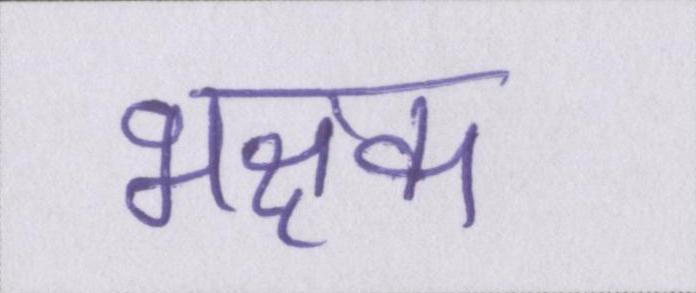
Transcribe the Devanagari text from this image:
भक्षक